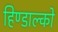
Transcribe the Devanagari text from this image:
हिण्डाल्को